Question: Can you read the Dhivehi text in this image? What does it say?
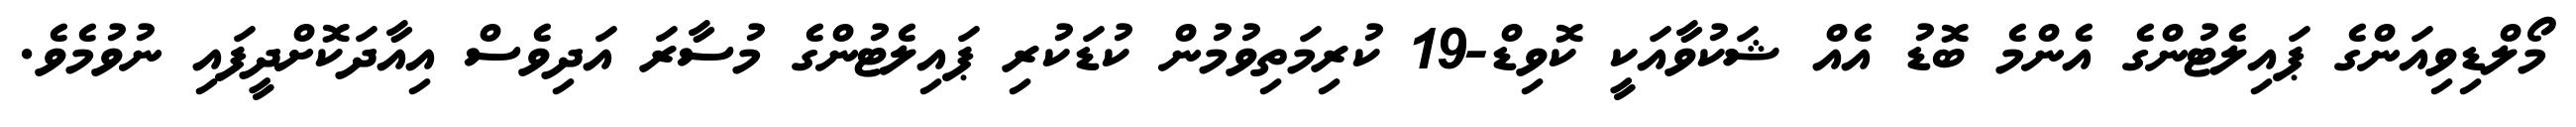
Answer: މޯލްޑިވިއަންގެ ޕައިލެޓުންގެ އެންމެ ބޮޑު އެއް ޝަކުވާއަކީ ކޮވިޑް-19 ކުރިމަތިވުމުން ކުޑަކުރި ޕައިލެޓުންގެ މުސާރަ އަދިވެސް އިއާދަކޮށްދީފައި ނުވުމެވެ.